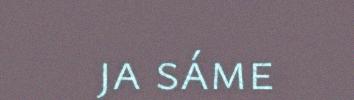
ja sáme